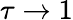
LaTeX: \tau\rightarrow 1